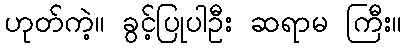
ဟုတ်ကဲ့။ ခွင့်ပြုပါဦး ဆရာမ ကြီး။